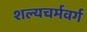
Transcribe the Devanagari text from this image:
शल्यचर्मवर्ग